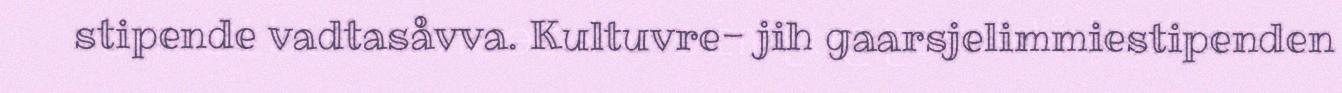
stipende vadtasåvva. Kultuvre- jih gaarsjelimmiestipenden